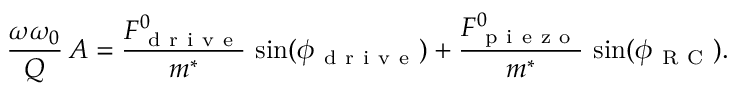
\frac { \omega \omega _ { 0 } } { Q } \, A = \frac { F _ { \mathrm { ~ d ~ r ~ i ~ v ~ e ~ } } ^ { 0 } } { m ^ { * } } \, \sin ( \phi _ { \mathrm { ~ d ~ r ~ i ~ v ~ e ~ } } ) + \frac { F _ { \mathrm { ~ p ~ i ~ e ~ z ~ o ~ } } ^ { 0 } } { m ^ { * } } \, \sin ( \phi _ { \mathrm { ~ R ~ C ~ } } ) .